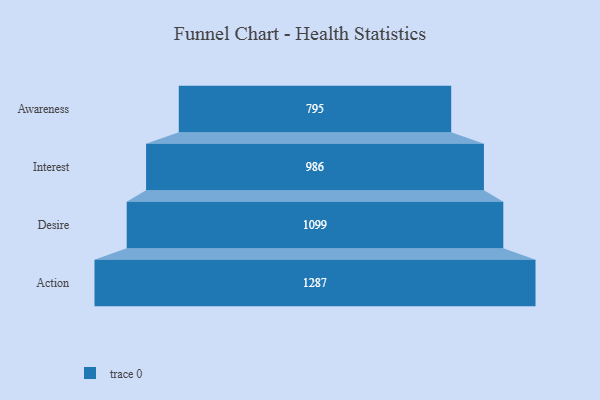
{"axis": {"x": "Stage", "y": "Value"}, "legend": [""], "data": [{"x": "Awareness", "y": 795.0, "type": ""}, {"x": "Interest", "y": 986.0, "type": ""}, {"x": "Desire", "y": 1099.0, "type": ""}, {"x": "Action", "y": 1287.0, "type": ""}]}